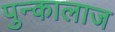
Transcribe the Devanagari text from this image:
पुन्कालाज